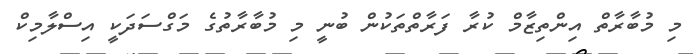
މި މުބާރާތް އިންތިޒާމް ކުރާ ފަރާތްތަކުން ބުނީ މި މުބާރާތުގެ މަގްސަދަކީ އިސްލާމިކް